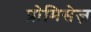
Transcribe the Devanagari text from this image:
प्रोमिसेज़